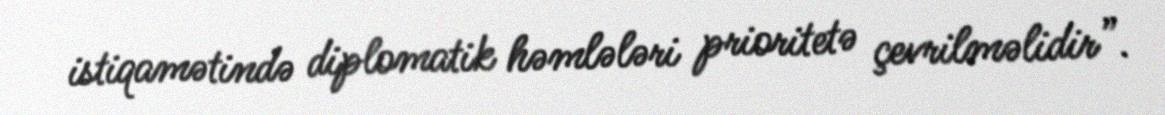
istiqamətində diplomatik həmlələri prioritetə çevrilməlidir”.